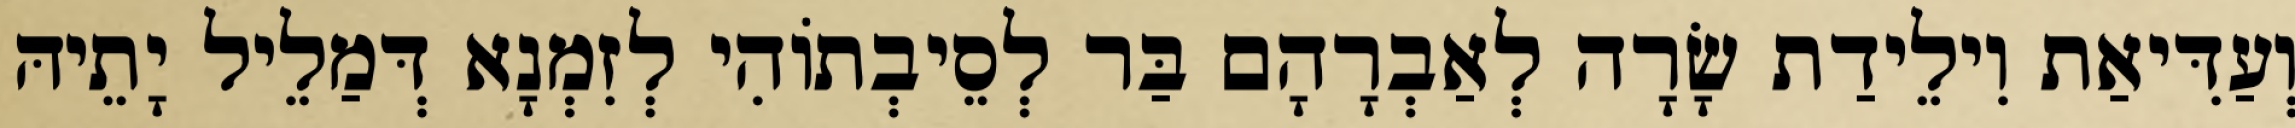
וְעַדִּיאַת וִילֵידַת שָׂרָה לְאַבְרָהָם בַּר לְסֵיבְתוֹהִי לְזִמְנָא דְּמַלֵיל יָתֵיהּ